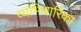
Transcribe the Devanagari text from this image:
व्यभिचारिका